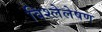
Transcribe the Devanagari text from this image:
विश्लेलेषण